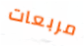
مربعات